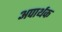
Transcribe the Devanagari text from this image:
अपार्थक